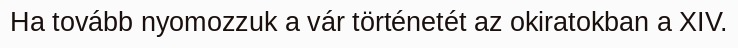
Ha tovább nyomozzuk a vár történetét az okiratokban a XIV.